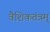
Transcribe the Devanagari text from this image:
वैशिकतंत्रम्